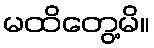
မထိတွေ့မိ။